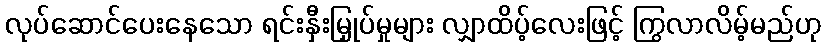
လုပ်ဆောင်ပေးနေသော ရင်းနှီးမြှုပ်မှုများ လျှာထိပ့်လေးဖြင့် ကြွလာလိမ့်မည်ဟု